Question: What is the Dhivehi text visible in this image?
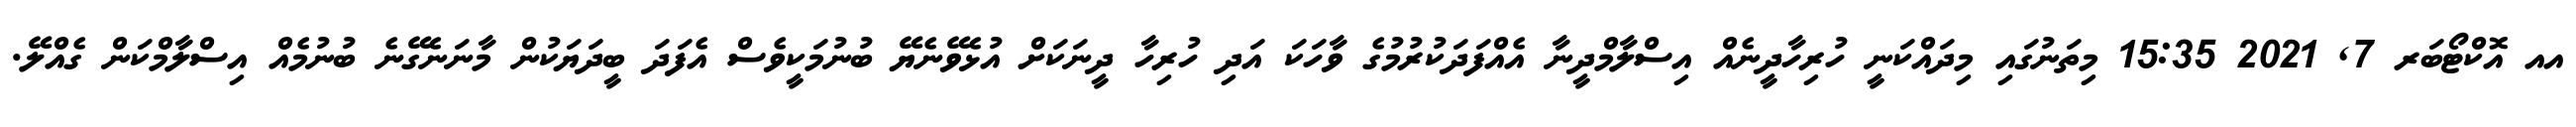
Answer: އއ އޮކްޓޯބަރ 7, 2021 15:35 މިތަނުގައި މިދައްކަނީ ހުރިހާދީނެއް އިސްލާމްދީނާ އެއްފަދަކުރުމުގެ ވާހަކަ އަދި ހުރިހާ ދީނަކަށް އުޅެވޭނެޔޭ ބުނުމަކީވެސް އެފަދަ ބީދަޔަކުން މާނަނެގޭނެ ބުނުމެއް އިސްލާމްކަން ގެއްލޭ.